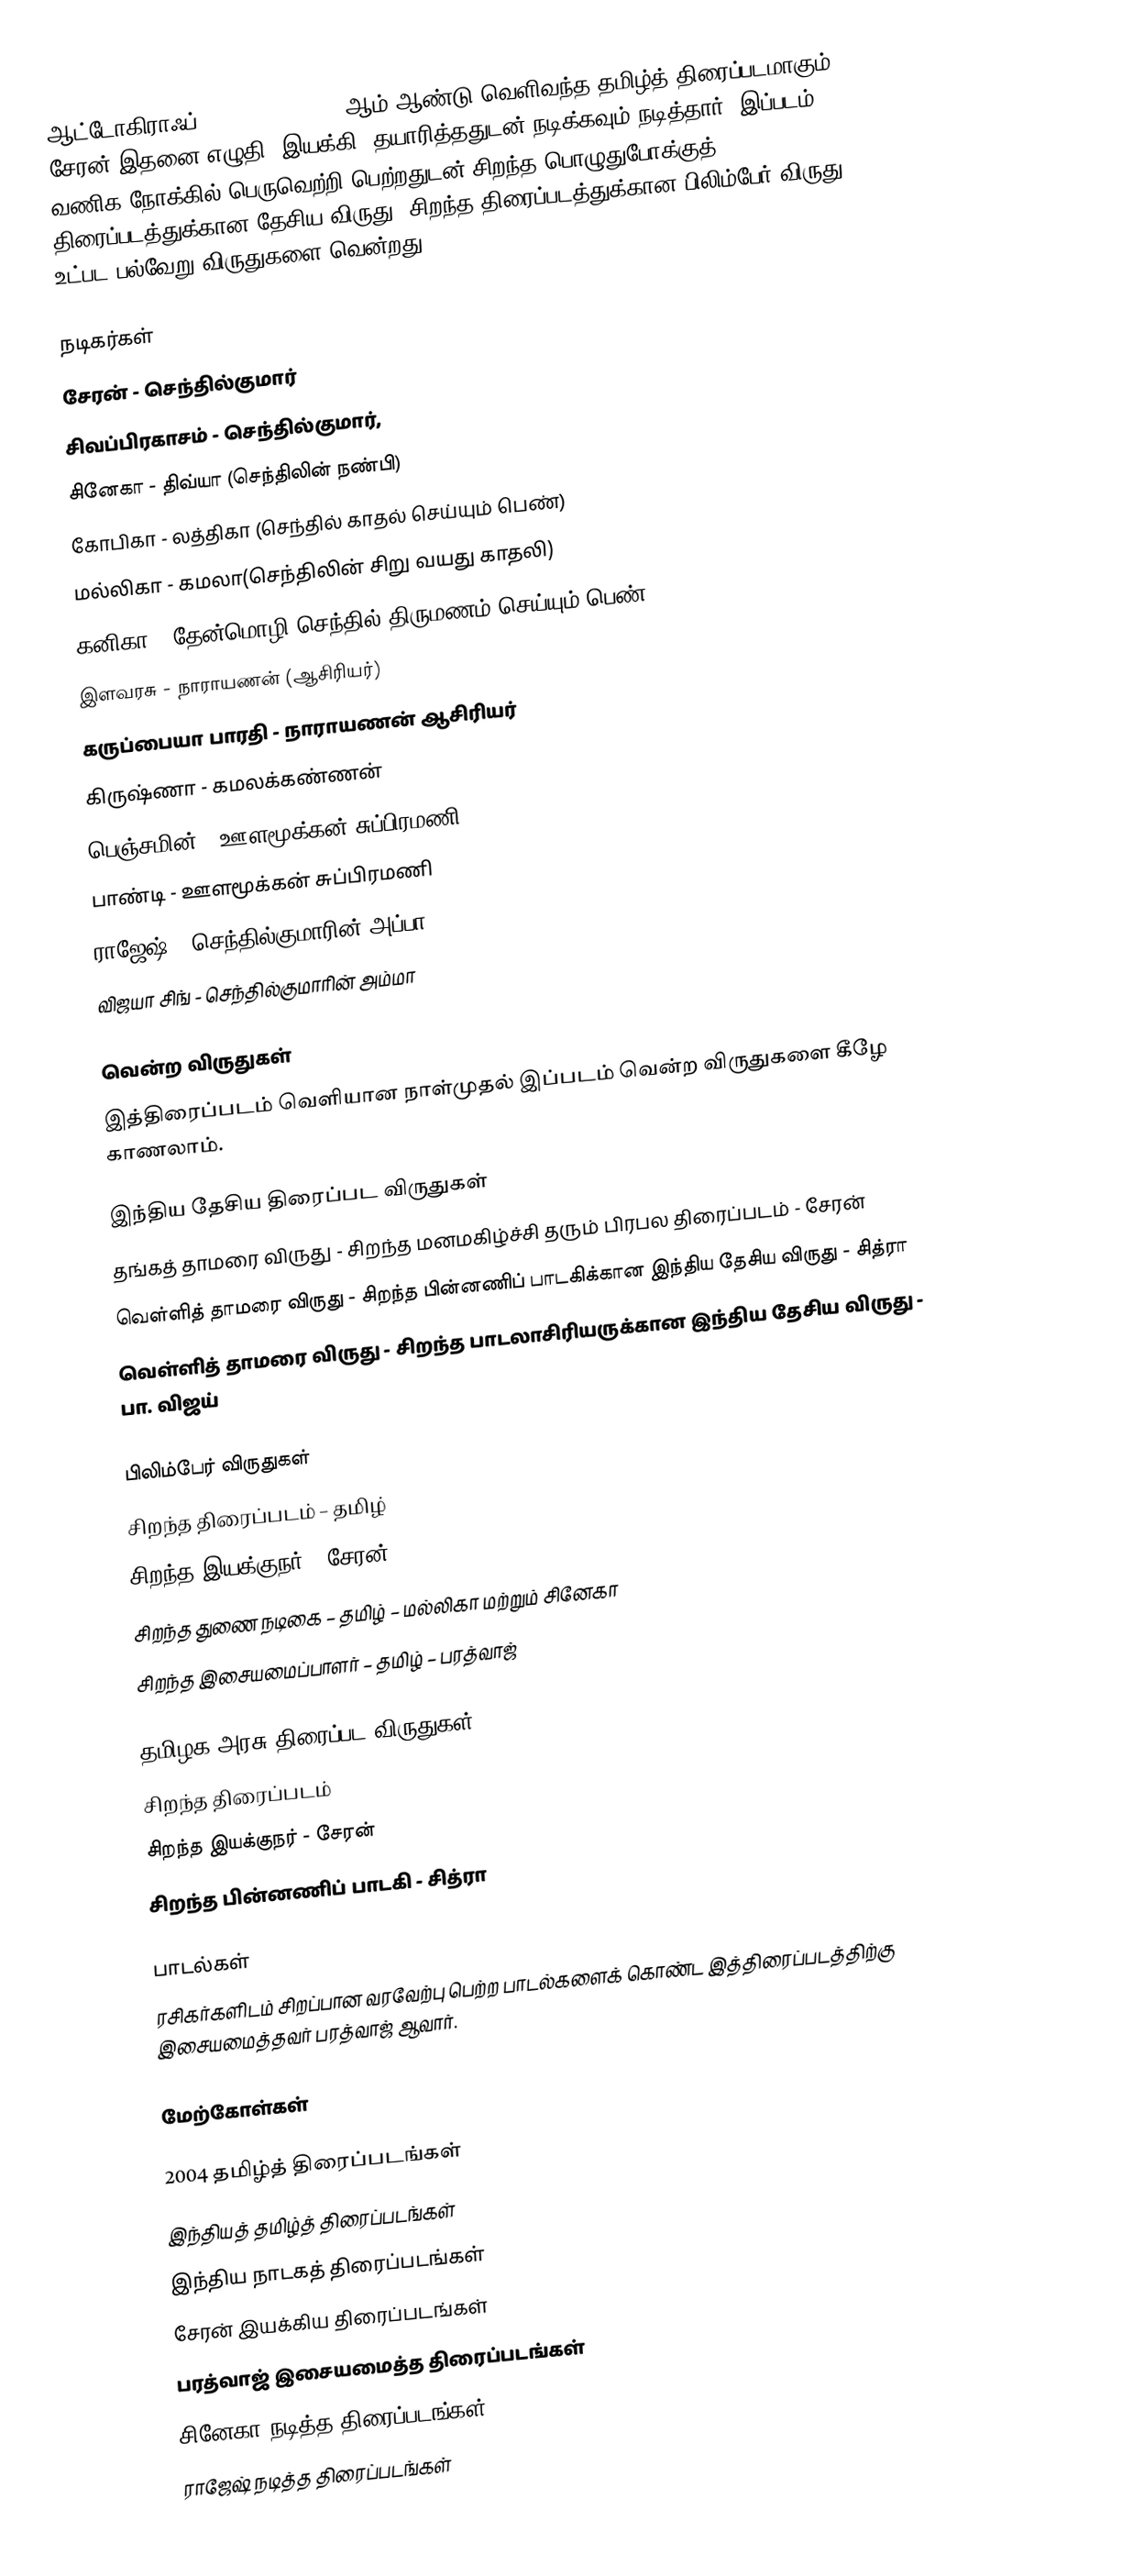
ஆட்டோகிராஃப் (Autograph) 2004 ஆம் ஆண்டு வெளிவந்த தமிழ்த் திரைப்படமாகும். சேரன் இதனை எழுதி, இயக்கி, தயாரித்ததுடன்  நடிக்கவும் நடித்தார். இப்படம் வணிக நோக்கில் பெருவெற்றி பெற்றதுடன் சிறந்த பொழுதுபோக்குத் திரைப்படத்துக்கான தேசிய விருது, சிறந்த திரைப்படத்துக்கான பிலிம்பேர் விருது உட்பட பல்வேறு விருதுகளை வென்றது.

நடிகர்கள்
 சேரன் - செந்தில்குமார்
 சிவப்பிரகாசம் - செந்தில்குமார்,
 சினேகா - திவ்யா (செந்திலின் நண்பி)
 கோபிகா - லத்திகா (செந்தில் காதல் செய்யும் பெண்)
 மல்லிகா - கமலா(செந்திலின் சிறு வயது காதலி)
 கனிகா - தேன்மொழி(செந்தில் திருமணம் செய்யும் பெண்)
 இளவரசு - நாராயணன் (ஆசிரியர்)
 கருப்பையா பாரதி - நாராயணன் ஆசிரியர்
 கிருஷ்ணா - கமலக்கண்ணன்
 பெஞ்சமின் - ஊளமூக்கன் சுப்பிரமணி
 பாண்டி - ஊளமூக்கன் சுப்பிரமணி
 ராஜேஷ் - செந்தில்குமாரின் அப்பா
 விஜயா சிங் - செந்தில்குமாரின் அம்மா

வென்ற விருதுகள்
இத்திரைப்படம் வெளியான நாள்முதல் இப்படம் வென்ற விருதுகளை கீழே காணலாம்.

இந்திய தேசிய திரைப்பட விருதுகள்
 தங்கத் தாமரை விருது - சிறந்த மனமகிழ்ச்சி தரும் பிரபல திரைப்படம் - சேரன்
 வெள்ளித் தாமரை விருது - சிறந்த பின்னணிப் பாடகிக்கான இந்திய தேசிய விருது - சித்ரா
 வெள்ளித் தாமரை விருது - சிறந்த பாடலாசிரியருக்கான இந்திய தேசிய விருது - பா. விஜய்

பிலிம்பேர் விருதுகள்
 சிறந்த திரைப்படம் – தமிழ்
 சிறந்த இயக்குநர் – சேரன்
 சிறந்த துணை நடிகை – தமிழ் –  மல்லிகா மற்றும் சினேகா
 சிறந்த இசையமைப்பாளர் – தமிழ் – பரத்வாஜ்

தமிழக அரசு திரைப்பட விருதுகள்
 சிறந்த திரைப்படம்
 சிறந்த இயக்குநர் - சேரன்
 சிறந்த பின்னணிப் பாடகி - சித்ரா

பாடல்கள்
ரசிகர்களிடம் சிறப்பான வரவேற்பு பெற்ற பாடல்களைக் கொண்ட இத்திரைப்படத்திற்கு இசையமைத்தவர் பரத்வாஜ் ஆவார்.

மேற்கோள்கள்

2004 தமிழ்த் திரைப்படங்கள்
இந்தியத் தமிழ்த் திரைப்படங்கள்
இந்திய நாடகத் திரைப்படங்கள்
சேரன் இயக்கிய திரைப்படங்கள்
பரத்வாஜ் இசையமைத்த திரைப்படங்கள்
சினேகா நடித்த திரைப்படங்கள்
ராஜேஷ் நடித்த திரைப்படங்கள்